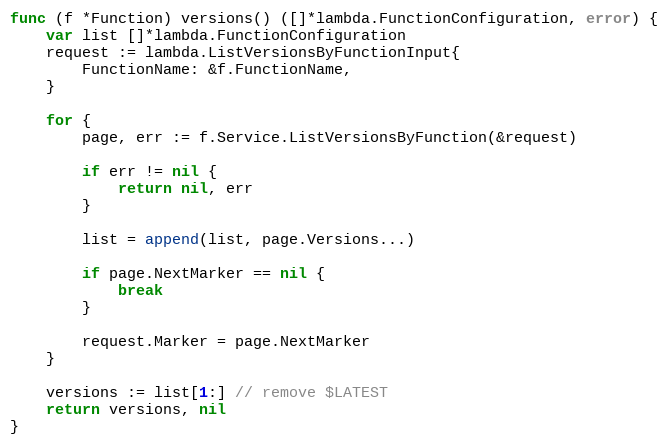
Language: Go
func (f *Function) versions() ([]*lambda.FunctionConfiguration, error) {
	var list []*lambda.FunctionConfiguration
	request := lambda.ListVersionsByFunctionInput{
		FunctionName: &f.FunctionName,
	}

	for {
		page, err := f.Service.ListVersionsByFunction(&request)

		if err != nil {
			return nil, err
		}

		list = append(list, page.Versions...)

		if page.NextMarker == nil {
			break
		}

		request.Marker = page.NextMarker
	}

	versions := list[1:] // remove $LATEST
	return versions, nil
}